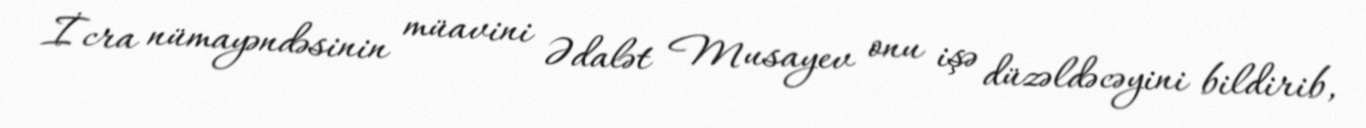
İcra nümayəndəsinin müavini Ədalət Musayev onu işə düzəldəcəyini bildirib,